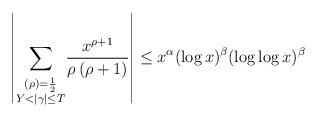
LaTeX: \begin{align*}\left\vert \underset{_{\substack{ (\rho )=\frac{1}{2} \\ Y<\left\vert \gamma \right\vert \leq T}}}{\sum }\frac{x^{\rho +1}}{\rho\left( \rho +1\right) }\right\vert \leq x^{\alpha }(\log x)^{\beta }(\log\log x)^{\beta } \end{align*}